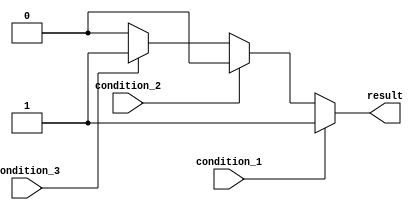
module if_else_ladder (
    input wire condition_1,
    input wire condition_2,
    input wire condition_3,
    output reg result
);

always @* begin
    if (condition_1) begin
        // Code block for condition 1
        result = 1;
    end else if (condition_2) begin
        // Code block for condition 2
        result = 2;
    end else if (condition_3) begin
        // Code block for condition 3
        result = 3;
    end else begin
        // Code block for else condition
        result = 0;
    end
end

endmodule